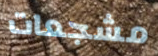
مشجعات